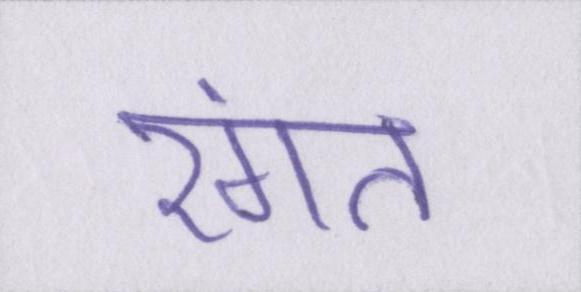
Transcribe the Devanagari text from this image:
रंगत